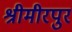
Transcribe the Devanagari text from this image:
श्रीमीरपुर